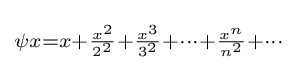
\scriptstyle \psi x=x+{\frac {x^{2}}{2^{2}}}+{\frac {x^{3}}{3^{2}}}+\cdots +{\frac {x^{n}}{n^{2}}}+\cdots